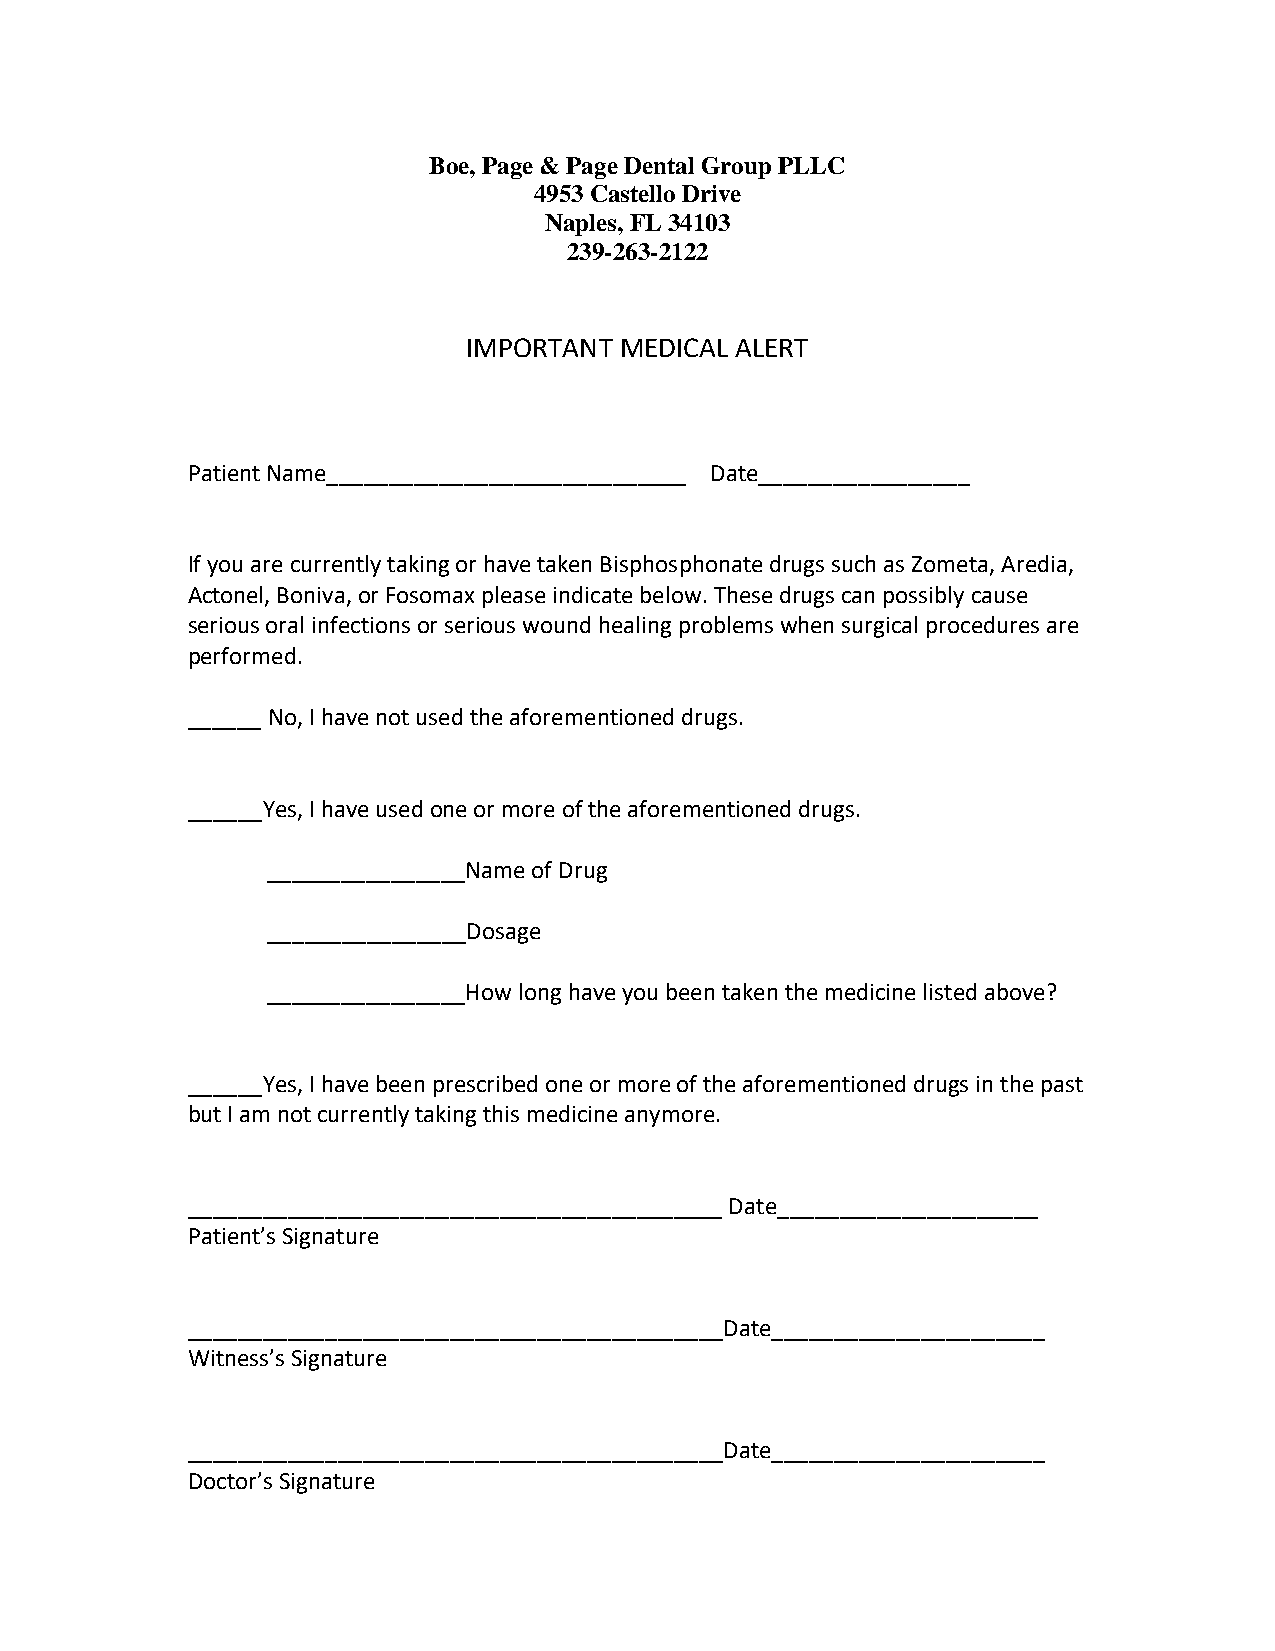
Boe, Page & Page Dental Group PLLC
 4953 Castello Drive
 Naples, FL 34103
 239-263-2122
 IMPORTANT MEDICAL ALERT
 Patient Name_____________________________ Date_________________
 If you are currently taking or have taken Bisphosphonate drugs such as Zometa, Aredia,
 Actonel, Boniva, or Fosomax please indicate below. These drugs can possibly cause
 serious oral infections or serious wound healing problems when surgical procedures are
 performed.
 ______ No, I have not used the aforementioned drugs.
 ______Yes, I have used one or more of the aforementioned drugs.
 ________________Name of Drug
 ________________Dosage
 ________________How long have you been taken the medicine listed above?
 ______Yes, I have been prescribed one or more of the aforementioned drugs in the past
 but I am not currently taking this medicine anymore.
 ___________________________________________ Date_____________________
 Patient’s Signature
 ___________________________________________Date______________________
 Witness’s Signature
 ___________________________________________Date______________________
 Doctor’s Signature